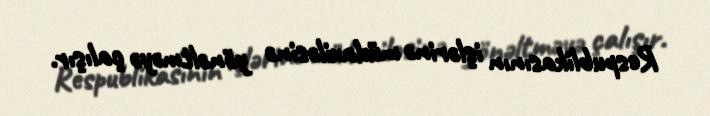
Respublikasının işlərinə müdaxiləsinə yönəltməyə çalışır.